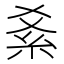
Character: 𥾥